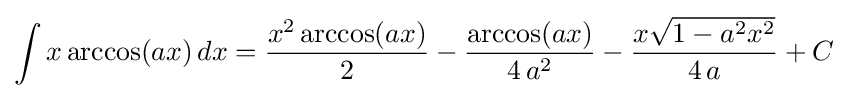
\int x\arccos(ax)\,dx={\frac {x^{2}\arccos(ax)}{2}}-{\frac {\arccos(ax)}{4\,a^{2}}}-{\frac {x{\sqrt {1-a^{2}x^{2}}}}{4\,a}}+C